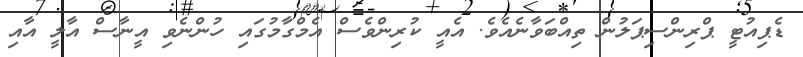
ޑެޕިއުޓީ ޕްރިންސިޕަލުން ތިއްބަވާނެއެވެ. އެއީ ކުރިންވެސް އެމްގާމުގައި ހުންނެވި އީނާސް އާލީ އާއި